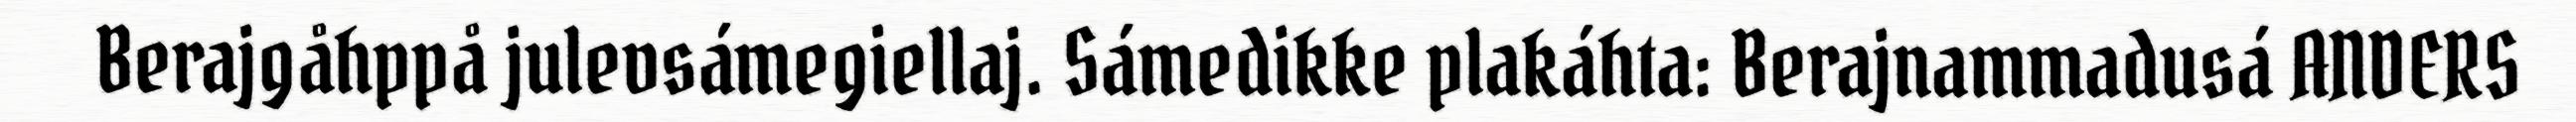
Berajgåhppå julevsámegiellaj. Sámedikke plakáhta: Berajnammadusá ANDERS